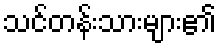
သင်တန်းသားများ၏